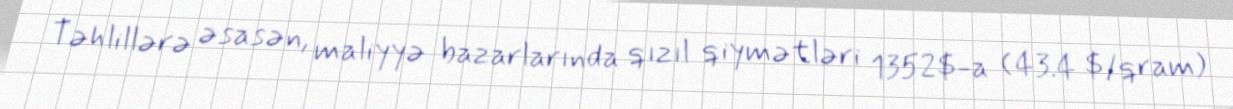
Təhlillərə əsasən, maliyyə bazarlarında qızıl qiymətləri 1352$-a (43.4 $/qram)